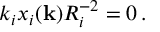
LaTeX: k _ { i } x _ { i } ( { \bf k } ) R _ { i } ^ { - 2 } = 0 \, .